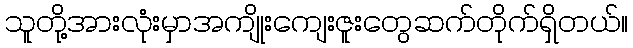
သူတို့အားလုံးမှာအကျိုးကျေးဇူးတွေဆက်တိုက်ရှိတယ်။